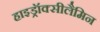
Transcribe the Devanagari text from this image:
हाइड्रॉक्सीलैमिन